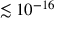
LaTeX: \lesssim 1 0 ^ { - 1 6 }